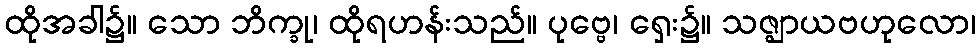
ထိုအခါ၌။ သော ဘိက္ခု၊ ထိုရဟန်းသည်။ ပုဗ္ဗေ၊ ရှေး၌။ သဇ္ဈာယဗဟုလော၊